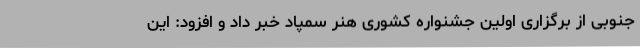
جنوبی از برگزاری اولین جشنواره کشوری هنر سمپاد خبر داد و افزود: این